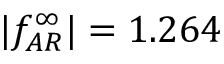
| f _ { A R } ^ { \infty } | = 1 . 2 6 4